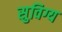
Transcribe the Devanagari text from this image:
सुविग्य